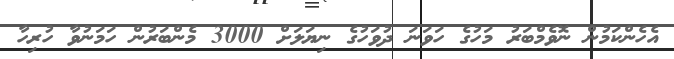
އެހެންކަމުން ނޮވެމްބަރު މަހުގެ ހަވަނަ ދުވަހުގެ ނިޔަލަށް 3000 މެންބަރުން ހަމަނުވާ ހުރިހާ